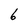
Character: 6